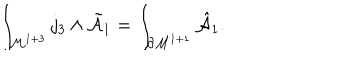
\int _ { { \cal M } ^ { 1 + 3 } } j _ { 3 } \wedge { \tilde { \cal A } } _ { 1 } = \int _ { \partial { \cal M } ^ { 1 + 1 } } { \hat { \cal A } } _ { 1 } .